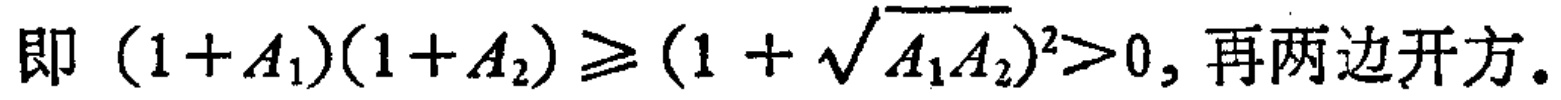
即 \((1 + A_1)(1 + A_2) \geq (1 + \sqrt{A_1A_2})^2>0\), 再两边开方。